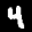
Label: 4